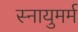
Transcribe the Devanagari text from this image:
स्नायुमर्म